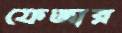
ফেজার